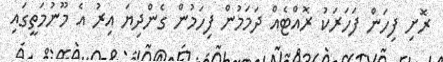
ރޮށި ފިހަން ފަހަރަކު ރޮއްޓެއް ދަމަމުން ފިހަމުން ގެންދިޔަ އިރު އެ މޫނުމަތީގައި